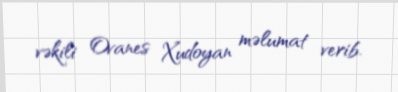
vəkili Ovanes Xudoyan məlumat verib.